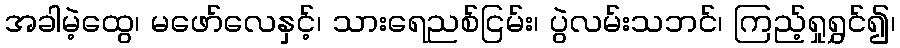
အခါမဲ့ထွေ၊ မဖော်လေနှင့်၊ သားရေညစ်ငြမ်း၊ ပွဲလမ်းသဘင်၊ ကြည့်ရှုရွှင်၍၊